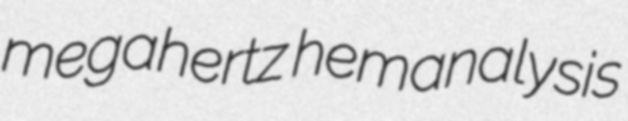
megahertz hemanalysis